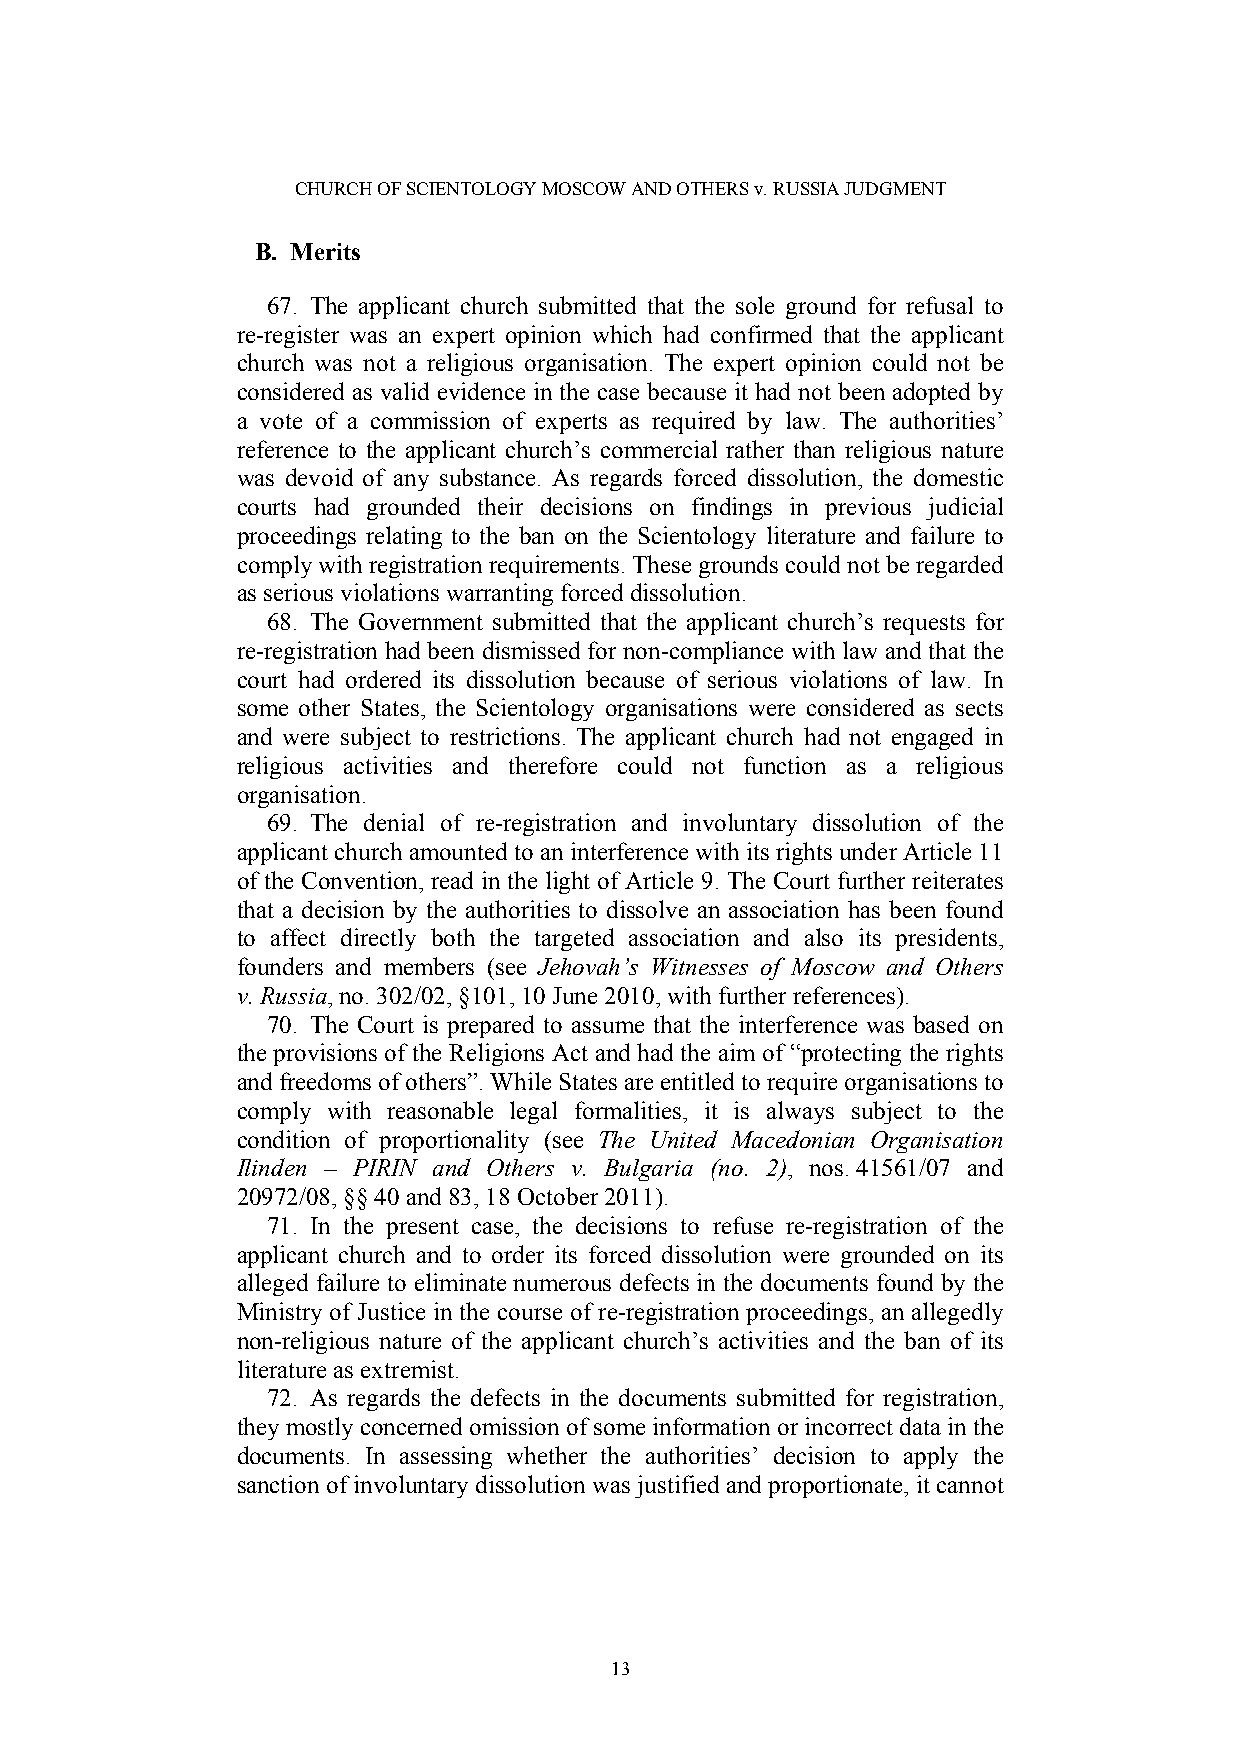
CHURCH OF SCIENTOLOGY MOSCOW AND OTHERS v. RUSSIA JUDGMENT
 B. Merits
 67. The applicant church submitted that the sole ground for refusal to
 re-register was an expert opinion which had confirmed that the applicant
 church was not a religious organisation. The expert opinion could not be
 considered as valid evidence in the case because it had not been adopted by
 a vote of a commission of experts as required by law. The authorities’
 reference to the applicant church’s commercial rather than religious nature
 was devoid of any substance. As regards forced dissolution, the domestic
 courts had grounded their decisions on findings in previous judicial
 proceedings relating to the ban on the Scientology literature and failure to
 comply with registration requirements. These grounds could not be regarded
 as serious violations warranting forced dissolution.
 68. The Government submitted that the applicant church’s requests for
 re-registration had been dismissed for non-compliance with law and that the
 court had ordered its dissolution because of serious violations of law. In
 some other States, the Scientology organisations were considered as sects
 and were subject to restrictions. The applicant church had not engaged in
 religious activities and therefore could not function as a religious
 organisation.
 69. The denial of re-registration and involuntary dissolution of the
 applicant church amounted to an interference with its rights under Article 11
 of the Convention, read in the light of Article 9. The Court further reiterates
 that a decision by the authorities to dissolve an association has been found
 to affect directly both the targeted association and also its presidents,
 founders and members (see Jehovah’s Witnesses of Moscow and Others
 v. Russia, no. 302/02, §101, 10 June 2010, with further references).
 70. The Court is prepared to assume that the interference was based on
 the provisions of the Religions Act and had the aim of “protecting the rights
 and freedoms of others”. While States are entitled to require organisations to
 comply with reasonable legal formalities, it is always subject to the
 condition of proportionality (see The United Macedonian Organisation
 Ilinden – PIRIN and Others v. Bulgaria (no. 2), nos. 41561/07 and
 20972/08, §§ 40 and 83, 18 October 2011).
 71. In the present case, the decisions to refuse re-registration of the
 applicant church and to order its forced dissolution were grounded on its
 alleged failure to eliminate numerous defects in the documents found by the
 Ministry of Justice in the course of re-registration proceedings, an allegedly
 non-religious nature of the applicant church’s activities and the ban of its
 literature as extremist.
 72. As regards the defects in the documents submitted for registration,
 they mostly concerned omission of some information or incorrect data in the
 documents. In assessing whether the authorities’ decision to apply the
 sanction of involuntary dissolution was justified and proportionate, it cannot
 13